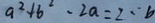
a ^ { 2 } + b ^ { 2 } - 2 a = 2 \cdot b